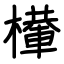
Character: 檋